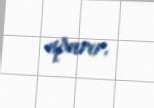
aparır.